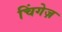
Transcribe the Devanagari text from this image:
चिंगेज़